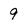
Character: 9